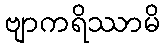
ဗျာကရိဿာမိ